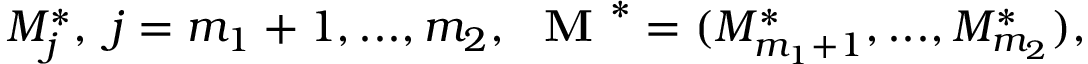
M _ { j } ^ { * } , \ j = m _ { 1 } + 1 , . . . , m _ { 2 } , \ \textbf { M } ^ { * } = ( M _ { m _ { 1 } + 1 } ^ { * } , . . . , M _ { m _ { 2 } } ^ { * } ) ,